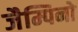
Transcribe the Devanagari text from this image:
जैम्पिनो